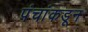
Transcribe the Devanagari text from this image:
पंचांकडून